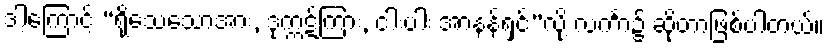
ဒါ့ကြောင့် “ရိုသေသောအား, ဒုက္ကဋ်ကြား, ငါးပါး အာနန်ရှင်”လို့ လင်္ကာ၌ ဆိုတာဖြစ်ပါတယ်။